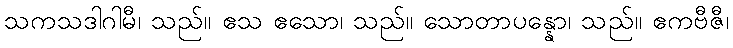
သကသဒါဂါမီ၊ သည်။ ဧသ ဧသော၊ သည်။ သောတာပန္နော၊ သည်။ ဧကဗီဇီ၊